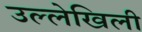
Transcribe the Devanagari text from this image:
उल्लेखिली